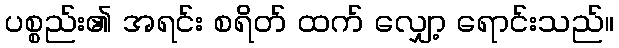
ပစ္စည်း၏ အရင်း စရိတ် ထက် လျှော့ ရောင်းသည်။